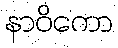
နာဝိကော